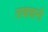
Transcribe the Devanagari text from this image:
ताबाबानी